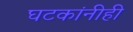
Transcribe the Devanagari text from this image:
घटकांनीही